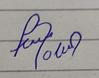
Signature authenticity: forged